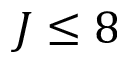
J \le 8